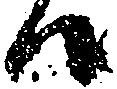
候